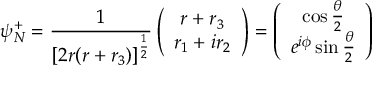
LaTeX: \psi _ { N } ^ { + } = \frac { 1 } { [ 2 r ( r + r _ { 3 } ) ] ^ { \frac { 1 } { 2 } } } \left( \begin{array} { c } { { r + r _ { 3 } } } \\ { { r _ { 1 } + i r _ { 2 } } } \end{array} \right) = \left( \begin{array} { c } { { \cos \frac { \theta } { 2 } } } \\ { { e ^ { i \phi } \sin \frac { \theta } { 2 } } } \end{array} \right)